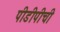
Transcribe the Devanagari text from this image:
पीडीपीची